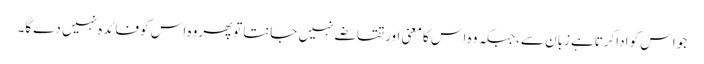
جواس کواداکرتاہےزبان سے،جبکہ وہ اس کامعنی اورتقاضے نہیں جانتاتوپھروہ اس کوفائدہ نہیں دےگا۔